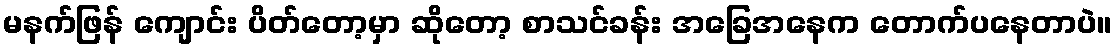
မနက်ဖြန် ကျောင်း ပိတ်တော့မှာ ဆိုတော့ စာသင်ခန်း အခြေအနေက တောက်ပနေတာပဲ။